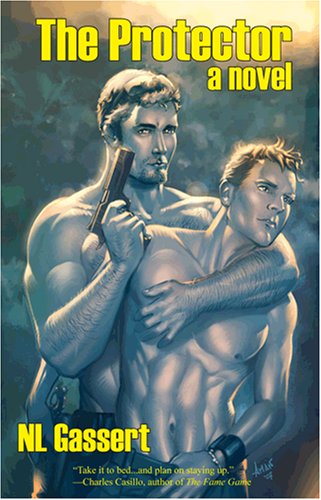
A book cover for The Protector; N.L. Gassert; Gay & Lesbian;